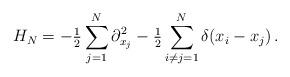
LaTeX: \begin{align*}H_N = - \tfrac{1}{2} \sum_{j=1}^N \partial_{x_j}^2 - \tfrac{1}{2} \sum_{i \neq j = 1}^N\delta(x_i - x_j)\,.\end{align*}